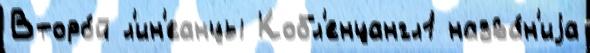
Второ́й л'ин'еанцы Кобл'енцангл1 назва́н'иjа